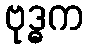
ဗုဒ္ဓက